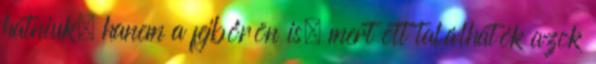
hatniuk, hanem a fejbőrön is, mert ott találhatók azok